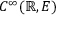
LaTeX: C ^ { \infty } ( \mathbb { R } , E )